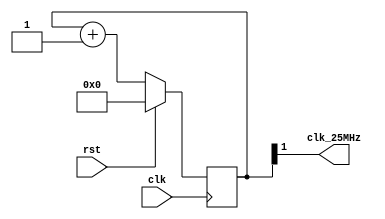
`timescale 1ns / 1ps
//////////////////////////////////////////////////////////////////////////////////
// Company: 
// Engineer: 
// 
// Design Name: 
// Module Name: clk_div_25MHz
// Project Name: 
// Target Devices: 
// Tool Versions: 
// Description: 
// 
// Dependencies: 
// 
// Revision:
// Revision 0.01 - File Created
// Additional Comments:
// 
//////////////////////////////////////////////////////////////////////////////////
module clk_div_25MHz(
    input clk,
    input rst,
    output clk_25MHz
    );
    
    reg [6:0] cnt;
    
    always @(posedge clk) begin
        if(rst) cnt <= 0;
        else cnt <= cnt + 1;
    end

    //assign clk_div = cnt[16]; //100 MHz / 2^17 = 762.93 Hz 
    
    assign clk_25MHz = cnt[1]; // 100 MHz /2^2 = 25MHz
endmodule